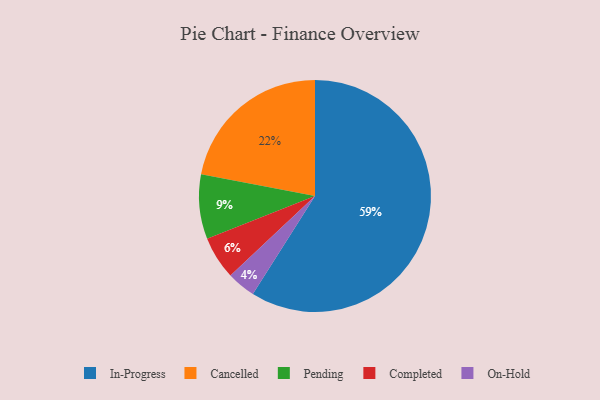
{"axis": {"x": "Category", "y": "Percentage"}, "legend": ["Cancelled", "Completed", "In-Progress", "On-Hold", "Pending"], "data": [{"x": "Completed", "y": 6, "type": "Completed"}, {"x": "Pending", "y": 9, "type": "Pending"}, {"x": "Cancelled", "y": 22, "type": "Cancelled"}, {"x": "On-Hold", "y": 4, "type": "On-Hold"}, {"x": "In-Progress", "y": 59, "type": "In-Progress"}]}